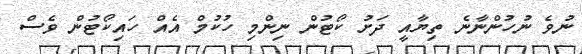
ނުވެ ނުހުންނާނެ ތިޔާއީ ދަށު ކޯޓުން ނިންމި ހުކުމް އެއް ހައިކޯޓުން ވެސް